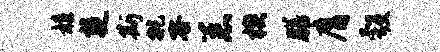
髓楚斯挑容恙楔膳膺彀